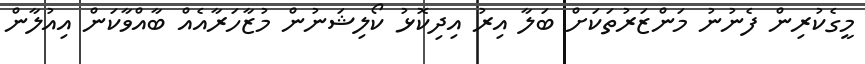
މީގެކުރިން ފެނުނު މަންޒަރުތަކަށް ބަލާ އިރު އިދިކޮޅު ކޯލިޝަނުން މުޒާހަރާއެއް ބާއްވާކަން އިއުލާން